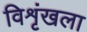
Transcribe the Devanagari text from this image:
विशृंखला